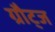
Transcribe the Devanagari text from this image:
ग्रौट्ज